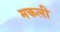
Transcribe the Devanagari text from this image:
मकली